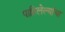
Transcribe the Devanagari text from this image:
पाहिलेल्यांचा